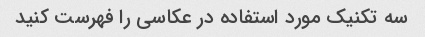
سه تکنیک مورد استفاده در عکاسی را فهرست کنید